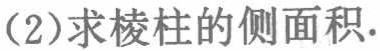
(2)求棱柱的侧面积.